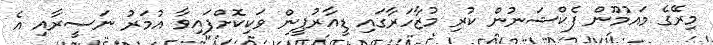
މިރޭގެ މައުމޫން ފެކްޝަނުން ކުރި މުޒާހަރާގައި ޑީއާރުޕީން ވަކިކޮށްފައިވާ އުމަރު ނަސީރާއި އެ